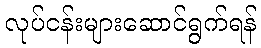
လုပ်ငန်းများဆောင်ရွက်ရန်